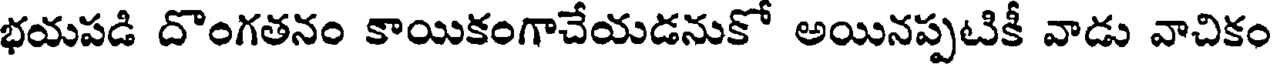
భయపడి దొంగతనం కాయికంగాచేయడనుకో అయినప్పటికీ వాడు వాచికం